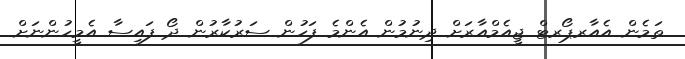
ތަމެން އެއާރޕޯރޓް ޖީއެމްއާރަށް ދިނުމުން އެންމެ ފަހުން ސަރުކާރުން ދޯ ފައިސާ އެމީހުންނަށް